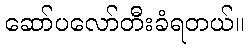
ဆော်ပလော်တီးခံရတယ်။